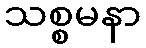
သစ္စမနာ